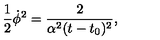
{ \frac { 1 } { 2 } \dot { \phi } ^ { 2 } = \frac { 2 } { \alpha ^ { 2 } ( t - t _ { 0 } ) ^ { 2 } } , }